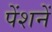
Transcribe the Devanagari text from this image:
पेंशनें